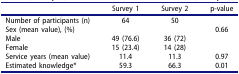
<table><thead><tr><td><b> </b></td><td><b>Survey 1</b></td><td><b>Survey 2</b></td><td><b>p-value</b></td></tr></thead><tbody><tr><td>Number of participants (n)</td><td>64</td><td>50</td><td> </td></tr><tr><td>Sex (mean value), (%)</td><td> </td><td> </td><td>0.66</td></tr><tr><td>Male</td><td>49 (76.6)</td><td>36 (72)</td><td> </td></tr><tr><td>Female</td><td>15 (23.4)</td><td>14 (28)</td><td> </td></tr><tr><td>Service years (mean value)</td><td>11.4</td><td>11.3</td><td>0.97</td></tr><tr><td>Estimated knowledge*</td><td>59.3</td><td>66.3</td><td>0.01</td></tr></tbody></table>